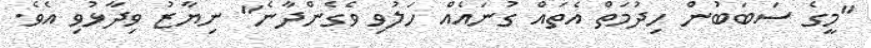
"މީގެ ސަބަބުން ހިދުމަތް އެތައް ގުނައެއް ހަލުވި ވެގެންދާނެ" ނިޔާޒު ވިދާޅުވި އެވެ.